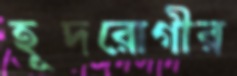
হূদরোগীর